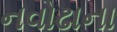
નવોઢાના